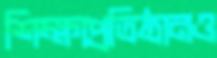
শিক্ষাপ্রতিষ্ঠানও